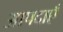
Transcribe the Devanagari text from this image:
आपदाएँ